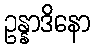
ဥန္နာဒိနော